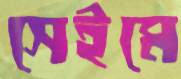
সেইমে